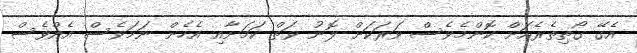
އެގޭ ގޯތިތެރެއަށް ކޮންމެވެސް ވަރަކަށް ލޮނު ވަތް ކަމަށާއި އެހެން ނަމަވެސް އެއްވެސް